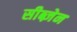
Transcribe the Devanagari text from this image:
सीब्ज़ेन